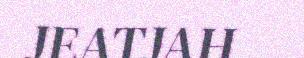
JEATJAH